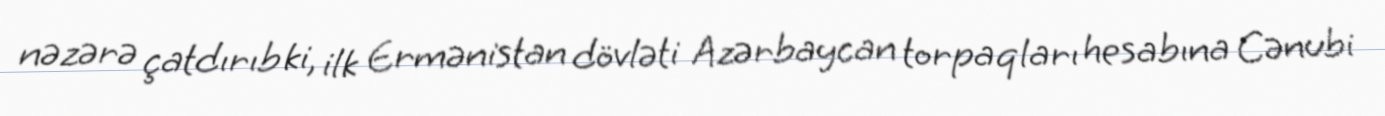
nəzərə çatdırıb ki, ilk Ermənistan dövləti Azərbaycan torpaqları hesabına Cənubi